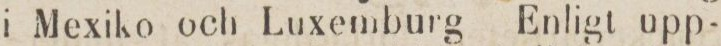
i Mexiko och Luxemburg Enligt upp-